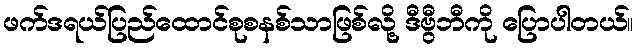
ဖက်ဒရယ်ပြည်ထောင်စုစနစ်သာဖြစ်လို့ ဒီဗွီဘီကို ပြောပါတယ်။